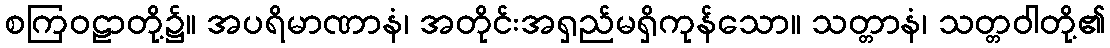
စကြဝဠာတို့၌။ အပရိမာဏာနံ၊ အတိုင်းအရှည်မရှိကုန်သော။ သတ္တာနံ၊ သတ္တဝါတို့၏